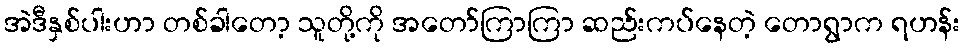
အဲဒီနှစ်ပါးဟာ တစ်ခါတော့ သူတို့ကို အတော်ကြာကြာ ဆည်းကပ်နေတဲ့ တောရွာက ရဟန်း